Indian journal of veterinary science and animal husbandry - Volumes 22-23, 1952-1953
Year: 1952
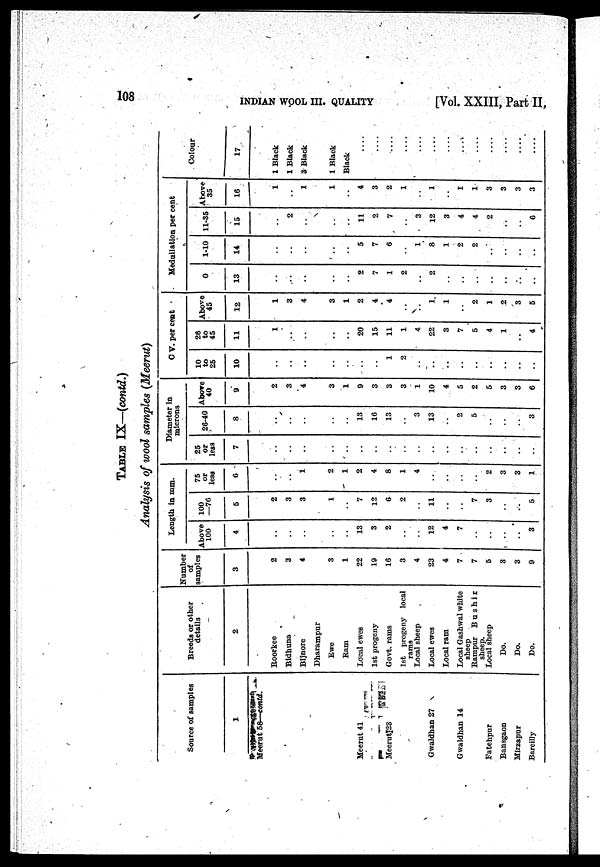
108 INDIAN WOOL III.QUALITY [Vol. XXIII, Part II,
TABLE IX—(contd.)
Analysis of wool samples (Meerut)
Source of samples
1
Meerut 58—contd.
Meerut 41
Meerut 23
Gwaldhan 27
Gwaldhan 14
Fatehpur
Bansgaon
Mirzapur
Bareilly
Breeds or other
details
2
Roorkee
Bidhuna
Bijnore
Dharampur
Ewe
Ram
Local ewes
1st progeny
Govt. rams
1st progeny local
rams
Local sheep
Local ewes
Local ram
Local Gashwal white
sheep
Rampur
Bushir
sheep.
Local sheep
Do.
Do.
Do.
Number
of
samples
3
2
3
4
3
1
22
19
16
3
4
23
4
7
7
5
3
3
9
Length in mm.
Above
100
4
..
..
..
..
..
13
3
2
..
..
12
4
7
..
..
..
..
3
100
—76
5
2
3
3
1
..
7
12
6
2
..
11
..
..
7
3
..
..
5
75
or
less
6
..
..
1
2
1
2
4
8
1
4
..
..
..
..
2
3
3
1
Diameter in
microns
25
or
less
7
..
..
..
..
..
..
..
..
..
..
..
..
..
..
..
..
..
..
26-40
8
..
..
..
..
..
13
16
13
..
3
13
..
2
5
..
..
..
3
Above
40
9
2
3
4
3
1
9
3
3
3
1
10
4
5
2
5
3
3
6
C V. per cent
10
to
25
10
..
..
..
..
..
..
..
1
2
..
..
..
..
..
..
..
..
..
26
to
45
11
1
..
..
..
..
20
15
11
1
4
22
3
7
5
4
1
..
4
Above
45
12
1
3
4
3
1
2
4
4
..
1
1
2
1
2
3
5
Meduilation per cent
0
13
..
..
..
..
..
2
7
1
2
..
2
..
..
..
..
..
..
..
1-10
14
..
..
..
..
..
5
7
6
..
1
8
1
2
2
..
..
..
..
11-35
15
..
2
..
..
..
11
2
7
..
3
12
3
4
4
2
..
..
6
Above
35
16
1
..
1
1
..
4
3
2
1
..
1
..
1
1
3
3
3
3
Colour
17
1 Black
1 Black
3 Black
1 Black
Black
....
....
....
....
....
....
....
....
....
....
....
....
....